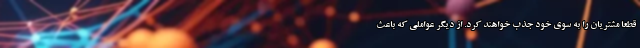
قطعا مشتریان را به سوی خود جذب خواهند کرد. از دیگر عواملی که باعث